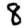
Digit: 8